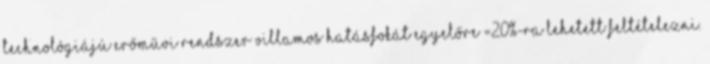
technológiájú erőművi rendszer villamos hatásfokát egyelőre =20%-ra lehetett feltételezni.